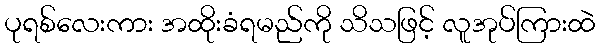
ပုရစ်လေးကား အထိုးခံရမည်ကို သိသဖြင့် လူအုပ်ကြားထဲ